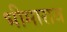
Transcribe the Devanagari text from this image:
भीमाराव